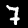
Label: 7